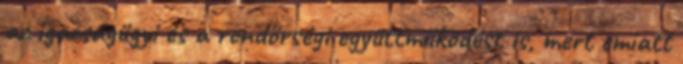
az igazságügyi és a rendőrségi együttműködést is, mert emiatt